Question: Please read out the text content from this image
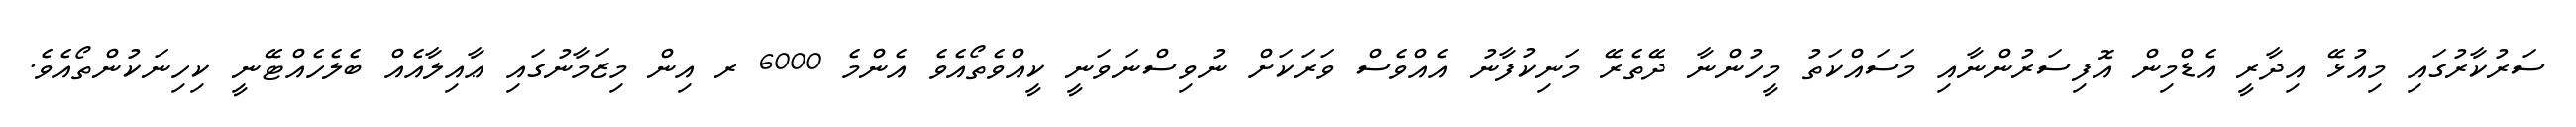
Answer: ސަރުކާރުގައި މިއުޅޭ އިދާރީ އެޑްމިން އޮފިސަރުންނާއި މަސައްކަތު މީހުންނާ ދޭތެރޭ މަނިކުފާނު އެއްވެސް ވަރަކަށް ނުވިސްނަވަނީ ކީއްވެތޯއެވެ އެންމެ 6000 ރ އިން މިޒަމާނުގައި ޢާއިލާއެއް ބެލެހެއްޓޭނީ ކިހިނަކުންތޯއެވެ.